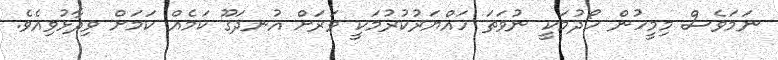
ނަމަވެސް މިމީހުން ހޯދުމަކީ ނުވަތަ ހައްޔަރުކުރުމަކީ ވަރަށް އުނދަގޫ ކަމެއް ކަމަށް ވިދާޅުވިއެވެ.